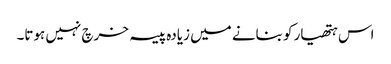
اس ہتھیار کو بنانے میں زیادہ پیسہ خرچ نہیں ہوتا۔